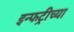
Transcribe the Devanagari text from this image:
इन्फट्रीच्या